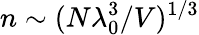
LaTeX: n\sim(N\lambda_{0}^{3}/V)^{1/3}